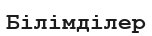
Білімділер